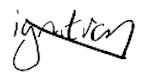
Text: ignition
Cross-out: diagonal
Writing tool: digital_black